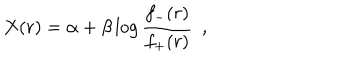
LaTeX: X ( r ) = \alpha + \beta \log \frac { f _ { - } ( r ) } { f _ { + } ( r ) } ~ ~ ,